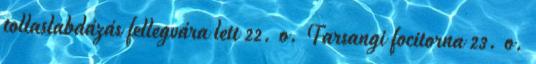
tollaslabdázás fellegvára lett 22. o. Farsangi focitorna 23. o.